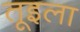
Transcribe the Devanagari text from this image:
तूइला